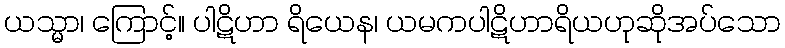
ယသ္မာ၊ ကြောင့်။ ပါဋိဟာ ရိယေန၊ ယမကပါဋိဟာရိယဟုဆိုအပ်သော